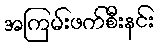
အကြမ်းဖက်စီးနင်း